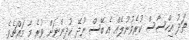
ތަދު އިހްސާސް ކުރެވުނުލެއް އެ ބޭސް ނުދޭ ކުދިންނަށް ވުރެ މާ މައްޗެވެ.